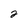
Character: 2